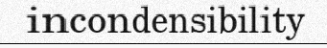
incondensibility